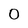
Character: 0